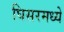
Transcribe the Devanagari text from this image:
घिसरमध्ये